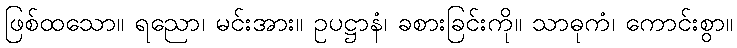
ဖြစ်ထသော။ ရညော၊ မင်းအား။ ဥပဋ္ဌာနံ၊ ခစားခြင်းကို။ သာဓုကံ၊ ကောင်းစွာ။